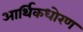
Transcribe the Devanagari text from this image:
आर्थिकधोरण